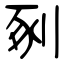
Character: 剢